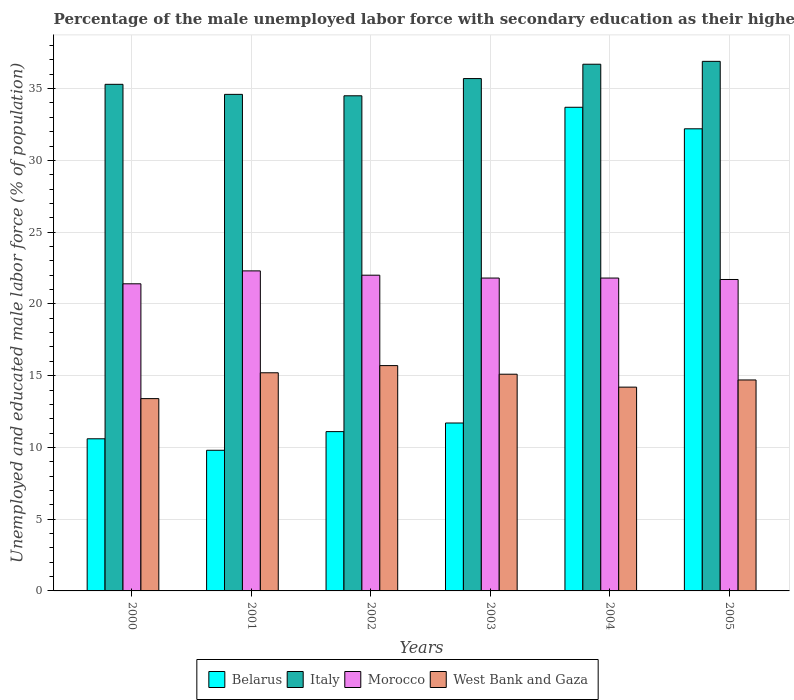
| Years | Belarus | Italy | Morocco | West Bank and Gaza |
 | --- | --- | --- | --- | --- |
 | 2000 | 10.6 | 35.3 | 21.4 | 13.4 |
 | 2001 | 9.8 | 34.6 | 22.3 | 15.2 |
 | 2002 | 11.1 | 34.5 | 22 | 15.7 |
 | 2003 | 11.7 | 35.7 | 21.8 | 15.1 |
 | 2004 | 33.7 | 36.7 | 21.8 | 14.2 |
 | 2005 | 32.2 | 36.9 | 21.7 | 14.7 |